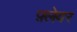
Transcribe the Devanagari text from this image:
फ़्लेवर